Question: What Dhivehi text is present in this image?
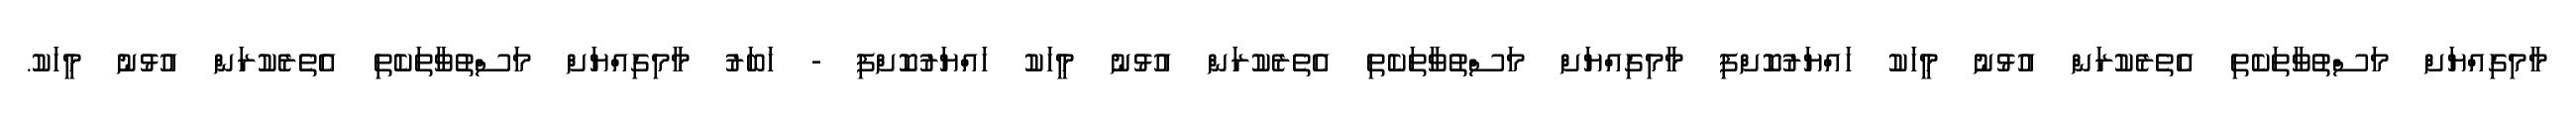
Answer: މާމިގިއްޔަށް މަސްތުވާތަކެތި އެތެރެކުރަން އުޅުނު މީހަކު ހައްޔަރުކޮށްފި މާމިގިއްޔަށް މަސްތުވާތަކެތި އެތެރެކުރަން އުޅުނު މީހަކު ހައްޔަރުކޮށްފި - ޚަބަރު މާމިގިއްޔަށް މަސްތުވާތަކެތި އެތެރެކުރަން އުޅުނު މީހަކު.